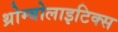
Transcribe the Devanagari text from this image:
थ्रोम्बोलाइटिक्स